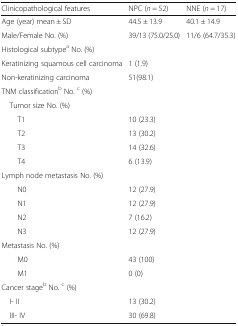
<table><thead><tr><td><b>Clinicopathological features</b></td><td><b>NPC (<i>n</i> = 52)</b></td><td><b>NNE (<i>n</i> = 17)</b></td></tr></thead><tbody><tr><td>Age (year) mean ± SD</td><td>44.5 ± 13.9</td><td>40.1 ± 14.9</td></tr><tr><td>Male/Female No. (%)</td><td>39/13 (75.0/25.0)</td><td>11/6 (64.7/35.3)</td></tr><tr><td colspan="3">Histological subtype<sup>a</sup> No. (%)</td></tr><tr><td>Keratinizing squamous cell carcinoma</td><td>1 (1.9)</td><td></td></tr><tr><td>Non-keratinizing carcinoma</td><td>51(98.1)</td><td></td></tr><tr><td colspan="3">TNM classification<sup>b</sup> No. <sup>c</sup> (%)</td></tr><tr><td colspan="3"> Tumor size No. (%)</td></tr><tr><td>T1</td><td>10 (23.3)</td><td></td></tr><tr><td>T2</td><td>13 (30.2)</td><td></td></tr><tr><td>T3</td><td>14 (32.6)</td><td></td></tr><tr><td>T4</td><td>6 (13.9)</td><td></td></tr><tr><td colspan="3">Lymph node metastasis No. (%)</td></tr><tr><td>N0</td><td>12 (27.9)</td><td></td></tr><tr><td>N1</td><td>12 (27.9)</td><td></td></tr><tr><td>N2</td><td>7 (16.2)</td><td></td></tr><tr><td>N3</td><td>12 (27.9)</td><td></td></tr><tr><td colspan="3">Metastasis No. (%)</td></tr><tr><td>M0</td><td>43 (100)</td><td></td></tr><tr><td>M1</td><td>0 (0)</td><td></td></tr><tr><td colspan="3">Cancer stage<sup>b</sup> No. <sup>c</sup> (%)</td></tr><tr><td> I- II</td><td>13 (30.2)</td><td></td></tr><tr><td> III- IV</td><td>30 (69.8)</td><td></td></tr></tbody></table>